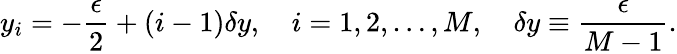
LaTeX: y_{i}=-\frac{\epsilon}{2}+(i-1)\delta y,\quad i=1,2,\ldots,M,\quad\delta y\equiv\frac{\epsilon}{M-1}.